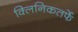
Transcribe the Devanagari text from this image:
क्‍लिनिकतर्फे